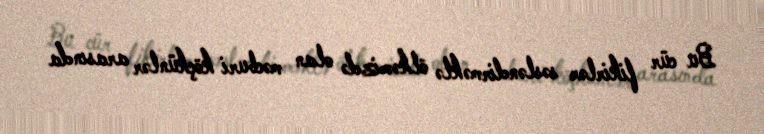
Bu cür fikirlər səsləndirməklə ölkəmizdə olan məcburi köçkünlər arasında